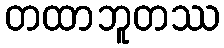
တထာဘူတဿ